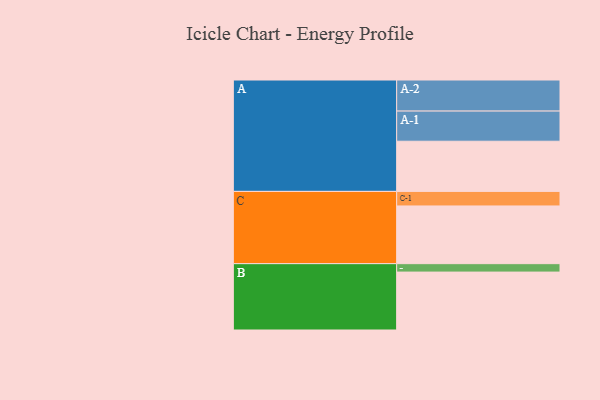
{"axis": {"x": "Segment", "y": "Value"}, "legend": ["", "A", "B", "C"], "data": [{"x": "A", "y": 441, "type": ""}, {"x": "B", "y": 509, "type": ""}, {"x": "C", "y": 507, "type": ""}, {"x": "A-1", "y": 265, "type": "A"}, {"x": "A-2", "y": 273, "type": "A"}, {"x": "B-1", "y": 74, "type": "B"}, {"x": "C-1", "y": 128, "type": "C"}]}